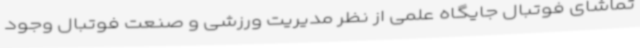
تماشای فوتبال جایگاه علمی از نظر مدیریت ورزشی و صنعت فوتبال وجود